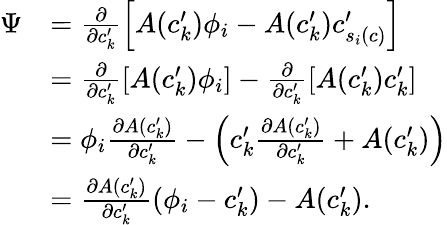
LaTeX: \begin{array}{rl}{\Psi}&{={\frac{\partial}{\partial c_{k}^{\prime}}\left[A(c_{k}^{\prime})\phi_{i}-A(c_{k}^{\prime})c_{s_{i}(c)}^{\prime}\right]}}\\ &{=\frac{\partial}{\partial c_{k}^{\prime}}\left[A(c_{k}^{\prime})\phi_{i}\right]-\frac{\partial}{\partial c_{k}^{\prime}}\left[A(c_{k}^{\prime})c_{k}^{\prime}\right]}\\ &{=\phi_{i}\frac{\partial A(c_{k}^{\prime})}{\partial c_{k}^{\prime}}-\left(c_{k}^{\prime}\frac{\partial A(c_{k}^{\prime})}{\partial c_{k}^{\prime}}+A(c_{k}^{\prime})\right)}\\ &{=\frac{\partial A(c_{k}^{\prime})}{\partial c_{k}^{\prime}}\left(\phi_{i}-c_{k}^{\prime}\right)-A(c_{k}^{\prime}).}\end{array}